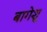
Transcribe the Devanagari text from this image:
बागेशु